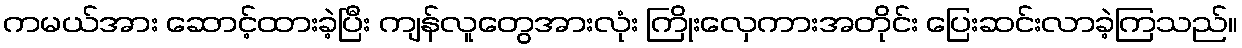
ကမယ်အား ဆောင့်ထားခဲ့ပြီး ကျန်လူတွေအားလုံး ကြိုးလှေကားအတိုင်း ပြေးဆင်းလာခဲ့ကြသည်။